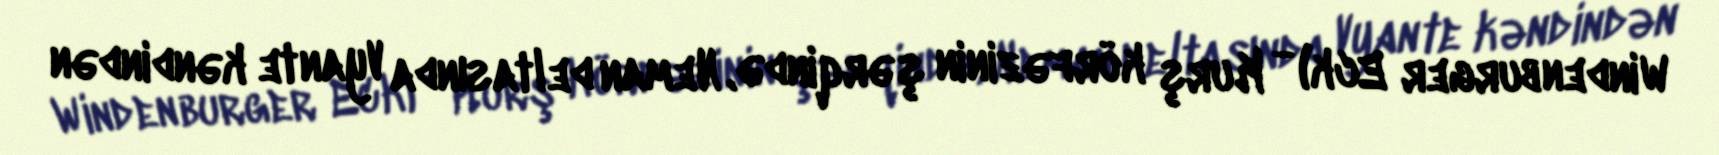
Windenburger Eck) - Kurş körfəzinin şərqində, Neman deltasında Vyante kəndindən